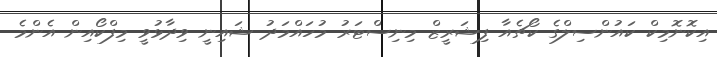
އިކޮނޮމިކް ކައުންސިލްގެ ކޯޗެއާ ފިޝަރީޒް މިނިސްޓަރު މުހައްމަދު ޝައިނީ ވިދާޅުވީ މިފްކޯއިން އެންމެ